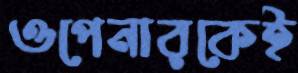
ওপেনারকেই